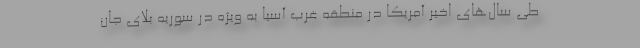
طی سال‌های اخیر آمریکا در منطقه غرب آسیا به ویژه در سوریه بلای جان